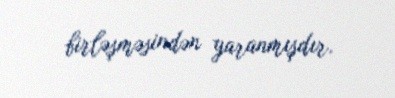
birləşməsindən yaranmışdır.